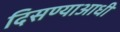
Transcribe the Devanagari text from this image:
दिसण्याआधी